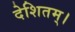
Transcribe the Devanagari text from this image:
देशितम्।